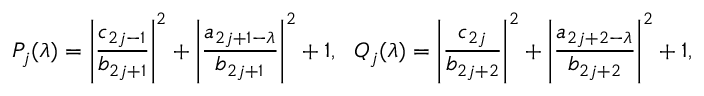
P _ { j } ( \lambda ) = \left| \frac { c _ { 2 j - 1 } } { b _ { 2 j + 1 } } \right| ^ { 2 } + \left| \frac { a _ { 2 j + 1 - \lambda } } { b _ { 2 j + 1 } } \right| ^ { 2 } + 1 , ~ ~ Q _ { j } ( \lambda ) = \left| \frac { c _ { 2 j } } { b _ { 2 j + 2 } } \right| ^ { 2 } + \left| \frac { a _ { 2 j + 2 - \lambda } } { b _ { 2 j + 2 } } \right| ^ { 2 } + 1 ,